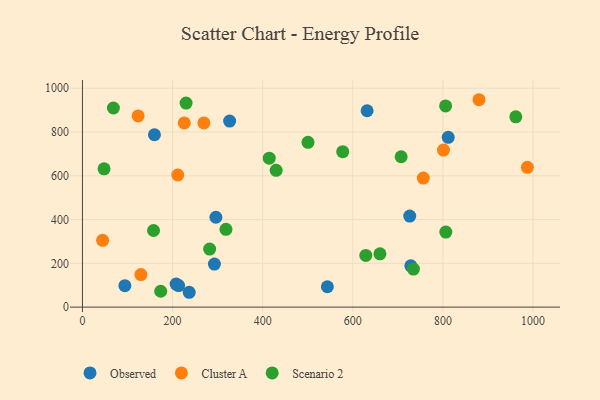
{"axis": {"x": "Study Hours", "y": "Salary"}, "legend": ["Cluster A", "Observed", "Scenario 2"], "data": [{"x": "631.8", "y": 897.4, "type": "Observed"}, {"x": "726.4", "y": 416.0, "type": "Observed"}, {"x": "811.8", "y": 775.9, "type": "Observed"}, {"x": "728.8", "y": 188.5, "type": "Observed"}, {"x": "159.8", "y": 787.7, "type": "Observed"}, {"x": "207.9", "y": 105.3, "type": "Observed"}, {"x": "94.2", "y": 97.9, "type": "Observed"}, {"x": "292.9", "y": 196.5, "type": "Observed"}, {"x": "543.6", "y": 93.0, "type": "Observed"}, {"x": "296.2", "y": 410.7, "type": "Observed"}, {"x": "213.5", "y": 98.4, "type": "Observed"}, {"x": "237.0", "y": 67.8, "type": "Observed"}, {"x": "326.7", "y": 850.3, "type": "Observed"}, {"x": "756.5", "y": 589.8, "type": "Cluster A"}, {"x": "801.3", "y": 717.6, "type": "Cluster A"}, {"x": "129.8", "y": 148.7, "type": "Cluster A"}, {"x": "226.0", "y": 841.8, "type": "Cluster A"}, {"x": "880.1", "y": 947.7, "type": "Cluster A"}, {"x": "269.5", "y": 841.5, "type": "Cluster A"}, {"x": "44.8", "y": 305.3, "type": "Cluster A"}, {"x": "123.6", "y": 873.7, "type": "Cluster A"}, {"x": "987.5", "y": 638.8, "type": "Cluster A"}, {"x": "211.5", "y": 603.8, "type": "Cluster A"}, {"x": "157.8", "y": 350.0, "type": "Scenario 2"}, {"x": "318.5", "y": 355.5, "type": "Scenario 2"}, {"x": "806.0", "y": 919.3, "type": "Scenario 2"}, {"x": "806.5", "y": 342.8, "type": "Scenario 2"}, {"x": "500.6", "y": 752.9, "type": "Scenario 2"}, {"x": "961.8", "y": 869.7, "type": "Scenario 2"}, {"x": "660.3", "y": 243.6, "type": "Scenario 2"}, {"x": "48.0", "y": 632.1, "type": "Scenario 2"}, {"x": "628.9", "y": 236.1, "type": "Scenario 2"}, {"x": "68.7", "y": 909.8, "type": "Scenario 2"}, {"x": "707.3", "y": 687.2, "type": "Scenario 2"}, {"x": "734.6", "y": 174.0, "type": "Scenario 2"}, {"x": "577.7", "y": 710.1, "type": "Scenario 2"}, {"x": "230.0", "y": 932.2, "type": "Scenario 2"}, {"x": "282.3", "y": 265.3, "type": "Scenario 2"}, {"x": "429.9", "y": 625.3, "type": "Scenario 2"}, {"x": "414.6", "y": 680.7, "type": "Scenario 2"}, {"x": "173.7", "y": 72.5, "type": "Scenario 2"}]}